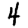
Digit: 4